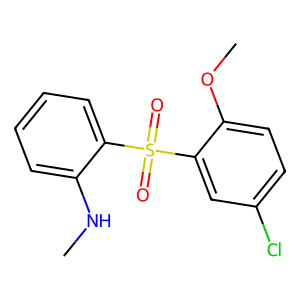
SMILES: CNc1ccccc1S(=O)(=O)c1cc(Cl)ccc1OC
Inhibits HIV replication: Yes